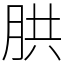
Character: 㬴